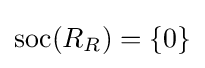
\mathrm {soc} (R_{R})=\{0\}